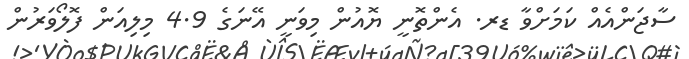
ސާޖަންއެއް ކަމަށްވާ ޑރ. އެންތޮނީ ޔޮއުން މިވަނީ އޭނަގެ 4.9 މިލިއަން ފޮލޯވަރުން